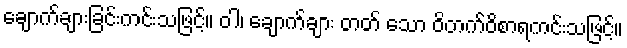
ချောက်ချားခြင်းကင်းသဖြင့်။ ဝါ၊ ချောက်ချား တတ် သော ဝိတက်ဝိစာရကင်းသဖြင့်။